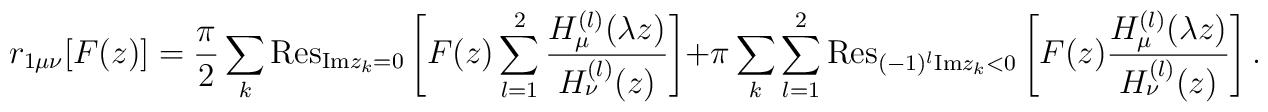
r_{1\mu \nu }[F(z)]=\frac{\pi}{2}\sum_{k}{\mathrm{Res}}_{{\mathrm{Im}}z_k=0}\left[ F(z)\sum_{l=1}^{2}\frac{H^{(l)}_{\mu }(\lambda z)}{H^{(l)}_{\nu }(z)}\right] +\pi \sum_{k}\sum_{l=1}^{2}{\mathrm{Res}}_{(-1)^l{\mathrm{Im}}z_k<0}\left[ F(z)\frac{H^{(l)}_{\mu }(\lambda z)}{H^{(l)}_{\nu }(z)}\right] .